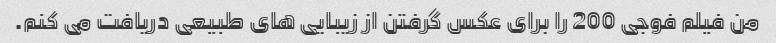
من فیلم فوجی 200 را برای عکس گرفتن از زیبایی های طبیعی دریافت می کنم.